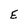
Character: E